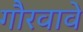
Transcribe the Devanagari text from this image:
गौरवावे